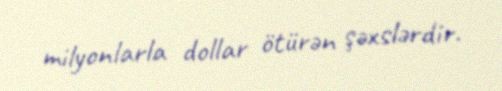
milyonlarla dollar ötürən şəxslərdir.